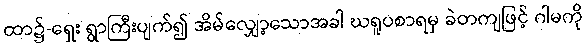
ထာ၌-ရှေး ရွာကြီးပျက်၍ အိမ်လျှော့သောအခါ ဃရူပစာရမှ ခဲတကျဖြင့် ဂါမကို